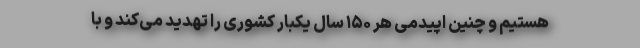
هستیم و چنین اپیدمی‌ هر ۱۵۰ سال یکبار کشوری را تهدید می‌کند و با